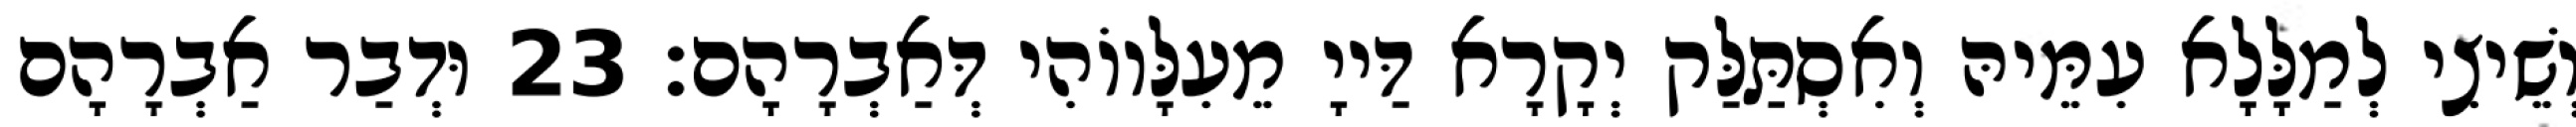
וְשֵׁיצִי לְמַלָּלָא עִמֵּיהּ וְאִסְתַּלַּק יְקָרָא דַּייָ מֵעִלָּווֹהִי דְּאַבְרָהָם׃ 23 וּדְבַר אַבְרָהָם